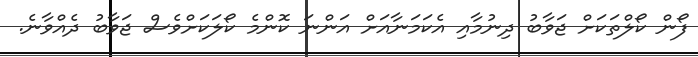
ފޯން ކޯލްތަކަށް ޖަވާބު ދިނުމާއި އެކަމަނާއަށް އަންނަ ކޮންމެ ކޯލަކަށްވެސް ޖަވާބު ދެއްވާނެ.